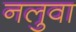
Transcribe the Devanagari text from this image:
नलुवा